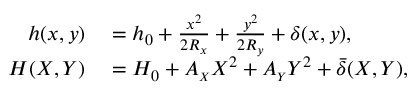
\begin{array} { r l } { h ( x , y ) } & { { } = h _ { 0 } + \frac { x ^ { 2 } } { 2 R _ { x } } + \frac { y ^ { 2 } } { 2 R _ { y } } + { \delta } { ( x , y ) } , } \\ { H ( X , Y ) } & { { } = H _ { 0 } + { A _ { \scriptscriptstyle X } X ^ { 2 } + A _ { \scriptscriptstyle Y } Y ^ { 2 } } + \bar { \delta } { ( X , Y ) } , } \end{array}